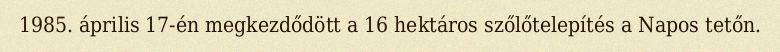
1985. április 17-én megkezdődött a 16 hektáros szőlőtelepítés a Napos tetőn.